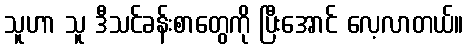
သူဟာ သူ ဒီသင်ခန်းစာတွေကို ပြီးအောင် လေ့လာတယ်။